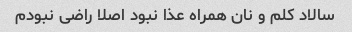
سالاد کلم و نان همراه عذا نبود اصلا راضی نبودم